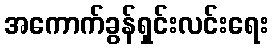
အကောက်ခွန်ရှင်းလင်းရေး